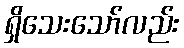
ရှိသေးသော်လည်း